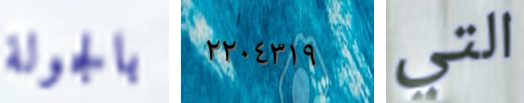
بالجولة ٢٢٠٤٣١٩ التي